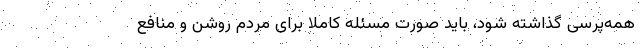
همه‌پرسی گذاشته شود، باید صورت مسئله کاملاً برای مردم روشن و منافع